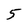
Character: 5